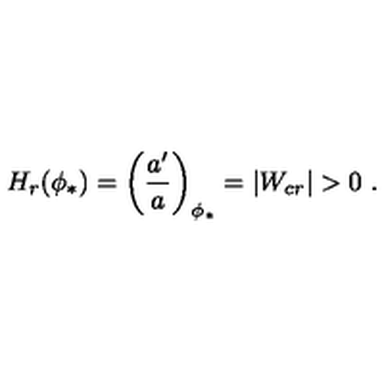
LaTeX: H _ { r } ( \phi _ { * } ) = \left( { \frac { a ^ { \prime } } { a } } \right) _ { \phi _ { * } } = | W _ { c r } | > 0 \ .